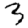
Digit: 3